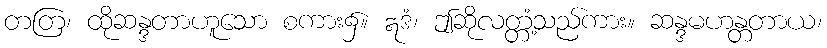
တတြ၊ ထိုဆန္ဒတာဟူသော စကား၌။ ဣဒံ၊ ဤဆိုလတ္တံ့သည်ကား။ ဆန္ဒမဟန္တတာယ၊